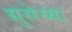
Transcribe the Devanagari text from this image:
ग्रुसेच्या